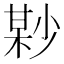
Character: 𡮘